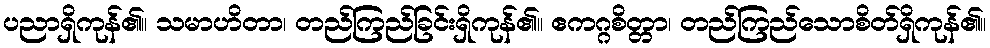
ပညာရှိကုန်၏။ သမာဟိတာ၊ တည်ကြည်ခြင်းရှိကုန်၏။ ဧကဂ္ဂစိတ္တာ၊ တည်ကြည်သောစိတ်ရှိကုန်၏။